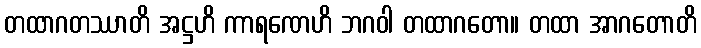
တထာဂတဿာတိ အဋ္ဌဟိ ကာရဏေဟိ ဘဂဝါ တထာဂတော။ တထာ အာဂတောတိ